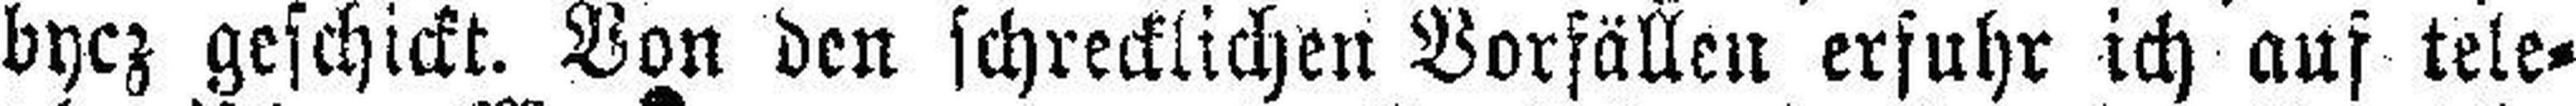
bycz geschickt. Von den schrecklichen Vorfällen erfuhr ich auf tele¬